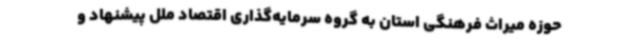
حوزه میراث فرهنگی استان به گروه سرمایه‌گذاری اقتصاد ملل پیشنهاد و